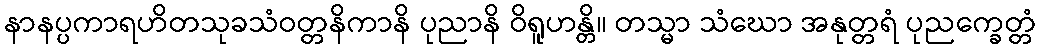
နာနပ္ပကာရဟိတသုခသံဝတ္တနိကာနိ ပုညာနိ ဝိရူဟန္တိ။ တသ္မာ သံဃော အနုတ္တရံ ပုညက္ခေတ္တံ